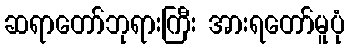
ဆရာတော်ဘုရားကြီး အားရတော်မူပုံ